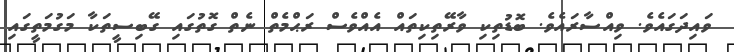
ވައިދަގައެވެ. ވިއްސާރައެވެ. ބޮޑުތިކި ވާރޭތިކިތައް އެއްވެސް ރަޙްމެތް ނެތް ގޮތުގައި ގޭބިސީތަކާ މަގުމަތީގައި